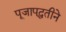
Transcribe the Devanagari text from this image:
पूजापद्धतीने